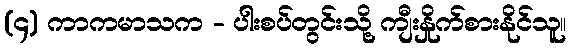
(၄) ကာကမာသက - ပါးစပ်တွင်းသို့ ကျီးနှိုက်စားနိုင်သူ။